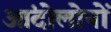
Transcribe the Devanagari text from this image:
आंदोलोनों